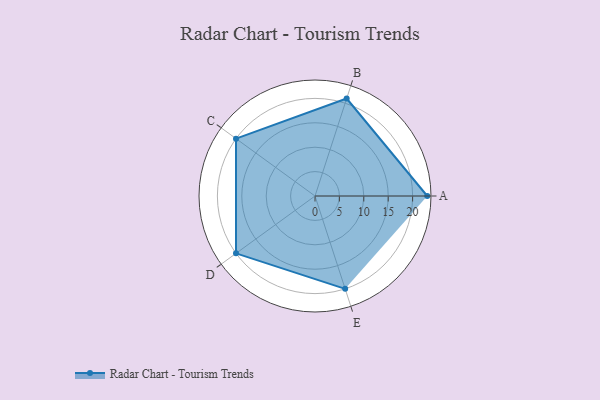
{"axis": {"x": "Skill", "y": "Score"}, "legend": ["Profile"], "data": [{"x": "A", "y": 23.0, "type": "Profile"}, {"x": "B", "y": 21.0, "type": "Profile"}, {"x": "C", "y": 20, "type": "Profile"}, {"x": "D", "y": 20, "type": "Profile"}, {"x": "E", "y": 20, "type": "Profile"}]}